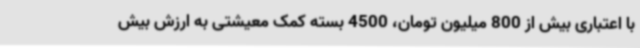
با اعتباری بیش از 800 میلیون تومان، 4500 بسته کمک معیشتی به ارزش بیش